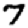
Digit: 7